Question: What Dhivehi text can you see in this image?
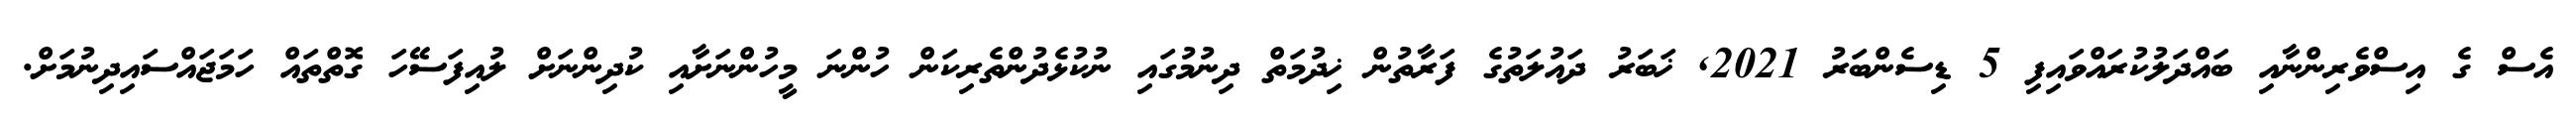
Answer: އެސް ގެ އިސްވެރިންނާއި ބައްދަލުކުރައްވައިފި 5 ޑިސެންބަރު 2021, ޚަބަރު ދައުލަތުގެ ފަރާތުން ޚިދުމަތް ދިނުމުގައި ނުކުޅެދުންތެރިކަން ހުންނަ މީހުންނަށާއި ކުދިންނަށް ލުއިފަސޭހަ ގޮތްތައް ހަމަޖައްސައިދިނުމަށް.